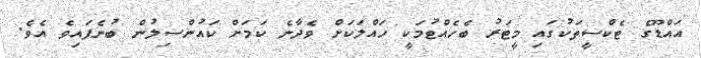
އައްޑޫގެ ޓެކްސީތަކުގައި މީޓަރު ބެހެއްޓުމަކީ ހައްލަކަށް ވެދާނެ ކަމަށް ކައުންސިލުން ބުނެފައިވެ އެވެ.